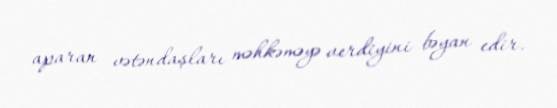
aparan vətəndaşları məhkəməyə verdiyini bəyan edir.